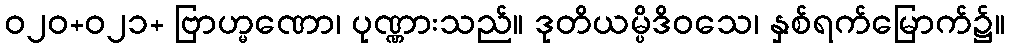
ဝ၂၀+ဝ၂၁+ ဗြာဟ္မဏော၊ ပုဏ္ဏားသည်။ ဒုတိယမ္ပိဒိဝသေ၊ နှစ်ရက်မြောက်၌။